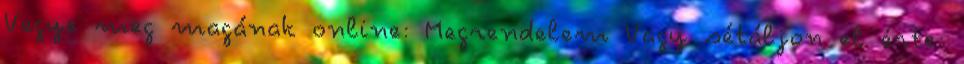
Vegye meg magának online: Megrendelem Vagy sétáljon el érte: